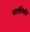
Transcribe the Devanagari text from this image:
कार्यस्थिति